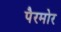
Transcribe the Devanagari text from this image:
पैरमोर